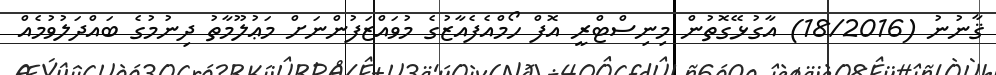
ޤާނުނު (18/2016) އާގުޅޭގޮތުން މިނިސްޓްރީ އޮފް ހޯމްއެފެއާޒުގެ މުވައްޒަފުންނަށް މަޢުލޫމާތު ދިނުމުގެ ބައްދަލުވުމެއް